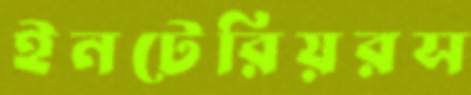
ইনটেরিয়রস